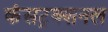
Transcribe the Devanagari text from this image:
कंसट्रक्शनल